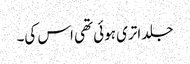
جلد اتری ہوئی تھی اس کی۔